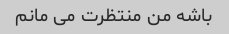
باشه من منتظرت می مانم